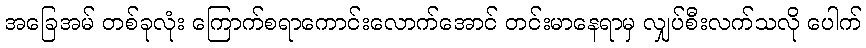
အခြေအမ် တစ်ခုလုံး ကြောက်စရာကောင်းလောက်အောင် တင်းမာနေရာမှ လျှပ်စီးလက်သလို ပေါက်